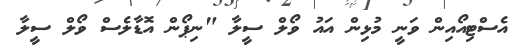
އެސްޓިއޯއިން ވަނީ މުޅިން އައު ވޯލް ސީލާ "ނިޕޯން އޮޑާލެސް ވޯލް ސީލާ